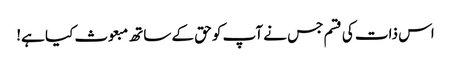
اس ذات کی قسم جس نے آپ کو حق کے ساتھ مبعوث کیا ہے!